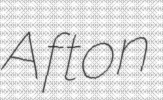
Afton